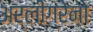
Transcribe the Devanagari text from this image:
अर्लीग्रेनो